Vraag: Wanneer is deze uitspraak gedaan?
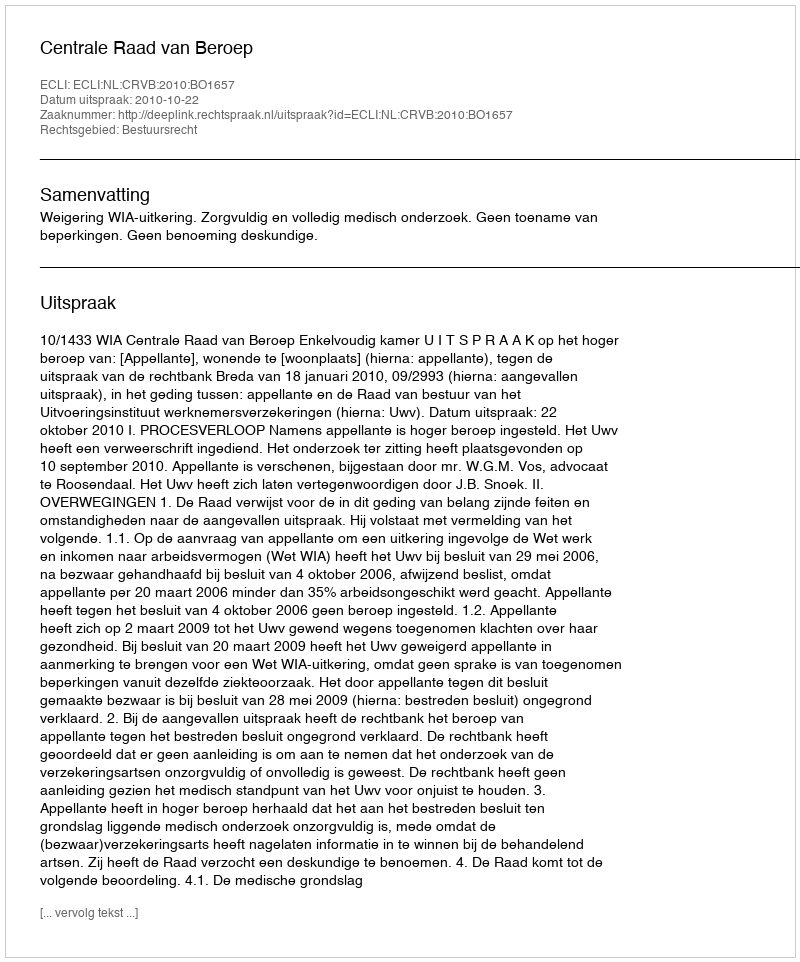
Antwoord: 2010-10-22